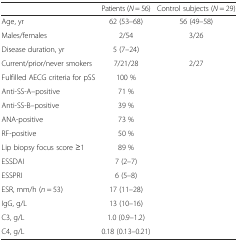
<table><thead><tr><td>[EMPTY_CELL]</td><td><b>Patients (<i>N</i> = 56)</b></td><td><b>Control subjects (<i>N</i> = 29)</b></td></tr></thead><tbody><tr><td>Age, yr</td><td>62 (53–68)</td><td>56 (49–58)</td></tr><tr><td>Males/females</td><td>2/54</td><td>3/26</td></tr><tr><td>Disease duration, yr</td><td>5 (7–24)</td><td>[EMPTY_CELL]</td></tr><tr><td>Current/prior/never smokers</td><td>7/21/28</td><td>2/27</td></tr><tr><td>Fulfilled AECG criteria for pSS</td><td>100 %</td><td>[EMPTY_CELL]</td></tr><tr><td>Anti-SS-A–positive</td><td>71 %</td><td>[EMPTY_CELL]</td></tr><tr><td>Anti-SS-B–positive</td><td>39 %</td><td>[EMPTY_CELL]</td></tr><tr><td>ANA-positive</td><td>73 %</td><td>[EMPTY_CELL]</td></tr><tr><td>RF-positive</td><td>50 %</td><td>[EMPTY_CELL]</td></tr><tr><td>Lip biopsy focus score ≥1</td><td>89 %</td><td>[EMPTY_CELL]</td></tr><tr><td>ESSDAI</td><td>7 (2–7)</td><td>[EMPTY_CELL]</td></tr><tr><td>ESSPRI</td><td>6 (5–8)</td><td>[EMPTY_CELL]</td></tr><tr><td>ESR, mm/h (<i>n</i> = 53)</td><td>17 (11–28)</td><td>[EMPTY_CELL]</td></tr><tr><td>IgG, g/L</td><td>13 (10–16)</td><td>[EMPTY_CELL]</td></tr><tr><td>C3, g/L</td><td>1.0 (0.9–1.2)</td><td>[EMPTY_CELL]</td></tr><tr><td>C4, g/L</td><td>0.18 (0.13–0.21)</td><td>[EMPTY_CELL]</td></tr></tbody></table>